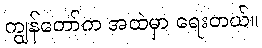
ကျွန်တော်က အထဲမှာ ရေးတယ်။